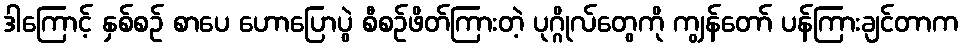
ဒါကြောင့် နှစ်စဉ် စာပေ ဟောပြောပွဲ စီစဉ်ဖိတ်ကြားတဲ့ ပုဂ္ဂိုလ်တွေကို ကျွန်တော် ပန်ကြားချင်တာက